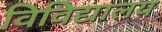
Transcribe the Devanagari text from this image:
विविद्यालय